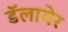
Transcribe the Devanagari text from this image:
डॅलावेर